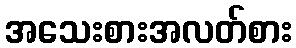
အသေးစားအလတ်စား